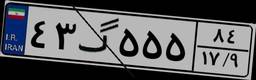
۴۳گ۵۵۵۸۴